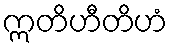
ဣတိဟီတိဟံ